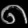
Digit: ၈